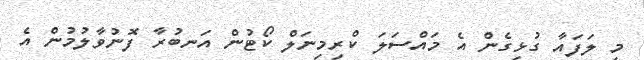
މި ލަފައާ ގުޅިގެން އެ މައްސަލަ ކްރިމިނަލް ކޯޓުން އަނބުރާ ފޮނުވާލުމުން އެ